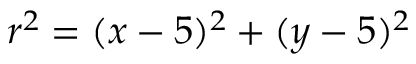
r ^ { 2 } = ( x - 5 ) ^ { 2 } + ( y - 5 ) ^ { 2 }